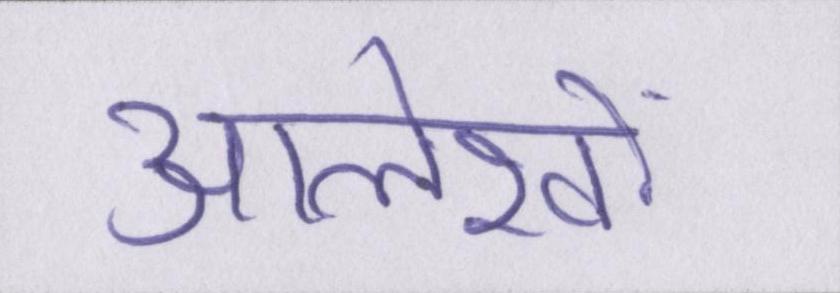
आलेखों